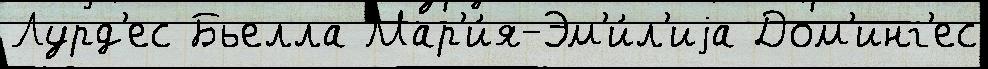
Лурд'ес Бьелла Мар'и́я-Эм'и́л'иjа Дом'инг'ес